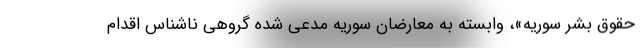
حقوق بشر سوریه»، وابسته به معارضان سوریه مدعی شده گروهی ناشناس اقدام